Annual returns of the Patna Lunatic Asylum at Bankipore in Bihar and Orissa - 1912-1924
Year: 1912
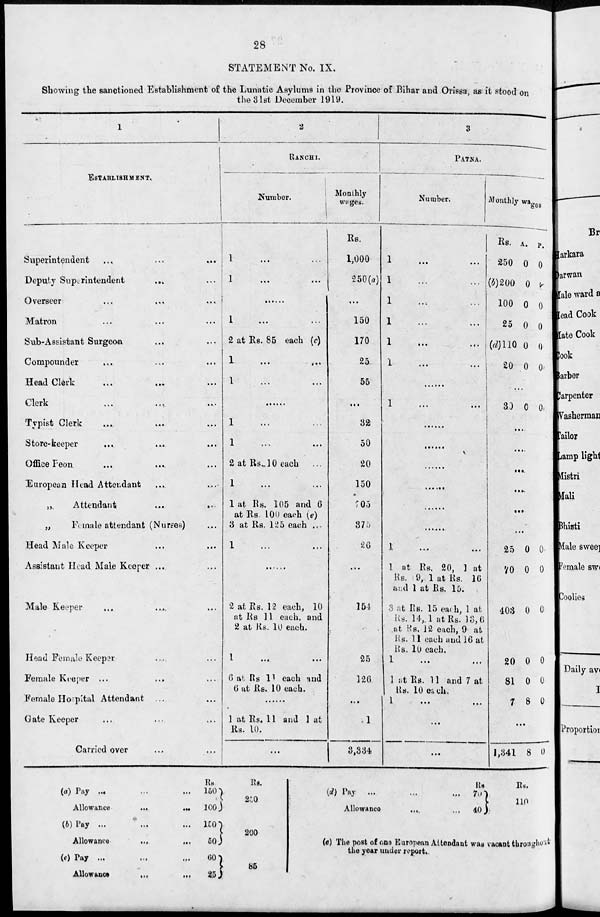
28
STATEMENT No. IX.
Showing the sanctioned Establishment of the Lunatic Asylums in the Province of Bihar and Orissa, as it stood on
the 31st December 1919.
1
ESTABLISHMENT.
Superintendent ... ... ...
Deputy Suprintendent ... ...
Overseer ... ... ...
Matron ... ... ...
Sub-Assistant Surgeon ... ...
Compounder ... ... ...
Head Clerk ... ... ...
Clerk ... ... ...
Typist Clerk ... ... ...
Store-keeper ... ... ...
Office Peon ... ... ...
European Head Attendant ... ...
„
Attendant ... ...
„
Female attendant (Nurses) ...
Head Male Keeper ... ...
Assistant Head Male Keeper ...
Male Keeper ... ... ...
Head Female Keeper ... ...
Female Keeper ... ... ...
Female Hospital Attendant ... ...
Gate Keeper ... ... ...
Carried over ... ...
2
RANCHI.
Number.
1
...
...
1
...
...
......
1
...
...
2 at Rs. 85 each (c)
1
...
...
1
...
...
......
1 ... ...
1
...
...
2 at Rs. 10 each ...
1 ... ...
1 at Rs. 105 and 6
at Rs 100 each (e)
3 at Rs. 125 each ...
1 ... ...
......
2 at Rs. 12 each, 10
at Rs 11 each, and
2 at Rs. 10 each.
1
...
...
6 at Rs 11 each and
6 at Rs. 10 each.
......
1 at Rs. 11 and 1 at
Rs. 10.
...
Monthly
Wages.
Rs.
1,000
250(a)
...
150
170
25
55
...
32
50
20
150
205
375
26
...
154
25
126
...
1
3,334
3
PATNA.
Number.
1
...
...
1 ... ...
1 ... ...
1 ... ...
1
...
...
1
...
...
......
1
...
...
......
......
......
......
......
......
1 ... ...
1 at Rs. 20, 1 at
Rs. 9, 1 at Rs. 16
and 1 at Rs. 10.
3 at Rs. 15 each, 1 at
Rs. 14, 1 at Rs. 13, 6
at Rs, 12 each, 9 at
Rs. 11 each and 16 at
Rs. 10 each.
1
1 at Rs. 11 and 7 at
Rs. 10 each.
1
...
...
...
...
Monthly wages
Rs.
250
(b)200
100
25
(d) 10
20
A.
0
0
0
0
0
0
P.
0
0
0
0
0
0
...
30 0 0
...
...
...
...
...
...
25
70
403
20
81
7
0
0
0
0
0
8
0
0
0
0
0
0
...
1,341 8 0
(a) Pay ... ... ...
Allowance ... ...
(b) Pay ... ... ...
Allowance ... ....
(c) Pay ... ... ...
Allowance ... ...
Rs
150
100
150
50
60
25
Rs.
250
200
85
(d) Pay ... ... ...
Allowance ... ...
Rs
70
40
Rs.
110
(a) The post of one European Attendant was vacant throughout
the year under report.